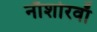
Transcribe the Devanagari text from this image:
नौशोरवाँ